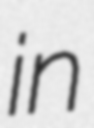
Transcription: in